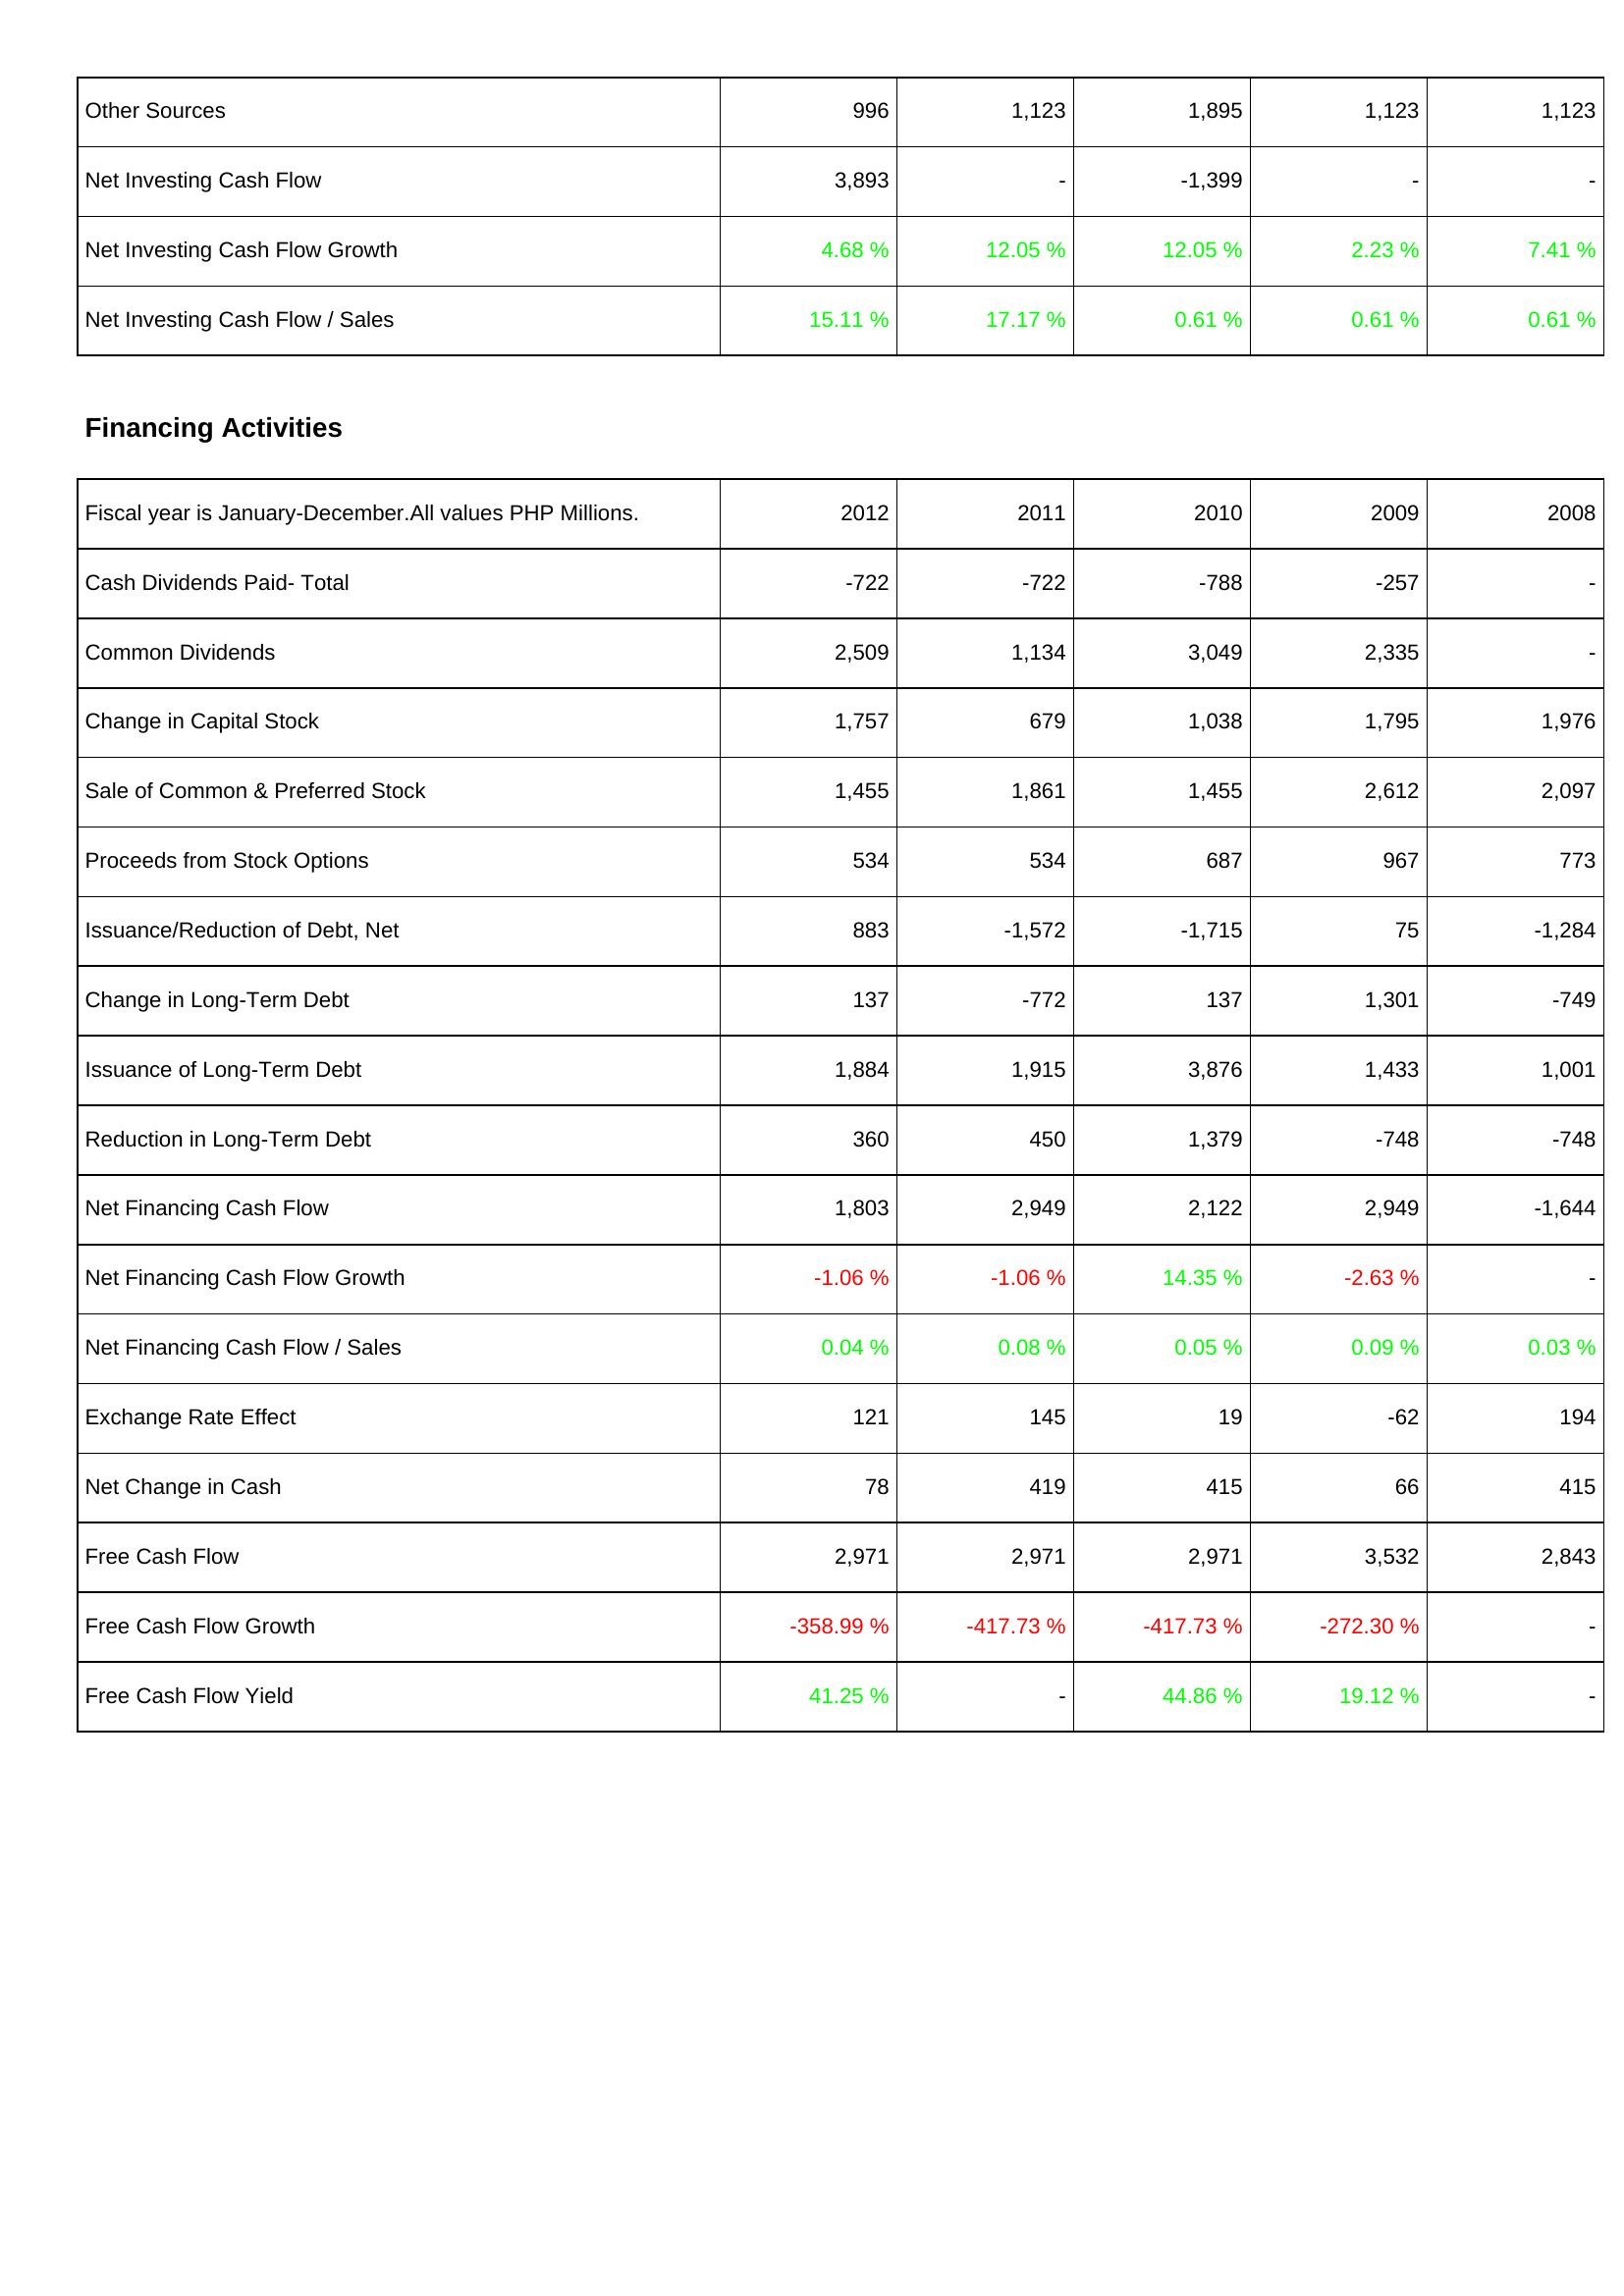
2012: Investing Activities: Other Sources: 996
Net Investing Cash Flow: 3,893
Net Investing Cash Flow Growth: 4.68 %
Net Investing Cash Flow / Sales: 15.11 %
Financing Activities: Cash Dividends Paid- Total: -722
Common Dividends: 2,509
Change in Capital Stock: 1,757
Sale of Common & Preferred Stock: 1,455
Proceeds from Stock Options: 534
Issuance/Reduction of Debt, Net: 883
Change in Long-Term Debt: 137
Issuance of Long-Term Debt: 1,884
Reduction in Long-Term Debt: 360
Net Financing Cash Flow: 1,803
Net Financing Cash Flow Growth: -1.06 %
Net Financing Cash Flow / Sales: 0.04 %
Exchange Rate Effect: 121
Net Change in Cash: 78
Free Cash Flow: 2,971
Free Cash Flow Growth: -358.99 %
Free Cash Flow Yield: 41.25 %
2011: Investing Activities: Other Sources: 1,123
Net Investing Cash Flow: -
Net Investing Cash Flow Growth: 12.05 %
Net Investing Cash Flow / Sales: 17.17 %
Financing Activities: Cash Dividends Paid- Total: -722
Common Dividends: 1,134
Change in Capital Stock: 679
Sale of Common & Preferred Stock: 1,861
Proceeds from Stock Options: 534
Issuance/Reduction of Debt, Net: -1,572
Change in Long-Term Debt: -772
Issuance of Long-Term Debt: 1,915
Reduction in Long-Term Debt: 450
Net Financing Cash Flow: 2,949
Net Financing Cash Flow Growth: -1.06 %
Net Financing Cash Flow / Sales: 0.08 %
Exchange Rate Effect: 145
Net Change in Cash: 419
Free Cash Flow: 2,971
Free Cash Flow Growth: -417.73 %
Free Cash Flow Yield: -
2010: Investing Activities: Other Sources: 1,895
Net Investing Cash Flow: -1,399
Net Investing Cash Flow Growth: 12.05 %
Net Investing Cash Flow / Sales: 0.61 %
Financing Activities: Cash Dividends Paid- Total: -788
Common Dividends: 3,049
Change in Capital Stock: 1,038
Sale of Common & Preferred Stock: 1,455
Proceeds from Stock Options: 687
Issuance/Reduction of Debt, Net: -1,715
Change in Long-Term Debt: 137
Issuance of Long-Term Debt: 3,876
Reduction in Long-Term Debt: 1,379
Net Financing Cash Flow: 2,122
Net Financing Cash Flow Growth: 14.35 %
Net Financing Cash Flow / Sales: 0.05 %
Exchange Rate Effect: 19
Net Change in Cash: 415
Free Cash Flow: 2,971
Free Cash Flow Growth: -417.73 %
Free Cash Flow Yield: 44.86 %
2009: Investing Activities: Other Sources: 1,123
Net Investing Cash Flow: -
Net Investing Cash Flow Growth: 2.23 %
Net Investing Cash Flow / Sales: 0.61 %
Financing Activities: Cash Dividends Paid- Total: -257
Common Dividends: 2,335
Change in Capital Stock: 1,795
Sale of Common & Preferred Stock: 2,612
Proceeds from Stock Options: 967
Issuance/Reduction of Debt, Net: 75
Change in Long-Term Debt: 1,301
Issuance of Long-Term Debt: 1,433
Reduction in Long-Term Debt: -748
Net Financing Cash Flow: 2,949
Net Financing Cash Flow Growth: -2.63 %
Net Financing Cash Flow / Sales: 0.09 %
Exchange Rate Effect: -62
Net Change in Cash: 66
Free Cash Flow: 3,532
Free Cash Flow Growth: -272.30 %
Free Cash Flow Yield: 19.12 %
2008: Investing Activities: Other Sources: 1,123
Net Investing Cash Flow: -
Net Investing Cash Flow Growth: 7.41 %
Net Investing Cash Flow / Sales: 0.61 %
Financing Activities: Cash Dividends Paid- Total: -
Common Dividends: -
Change in Capital Stock: 1,976
Sale of Common & Preferred Stock: 2,097
Proceeds from Stock Options: 773
Issuance/Reduction of Debt, Net: -1,284
Change in Long-Term Debt: -749
Issuance of Long-Term Debt: 1,001
Reduction in Long-Term Debt: -748
Net Financing Cash Flow: -1,644
Net Financing Cash Flow Growth: -
Net Financing Cash Flow / Sales: 0.03 %
Exchange Rate Effect: 194
Net Change in Cash: 415
Free Cash Flow: 2,843
Free Cash Flow Growth: -
Free Cash Flow Yield: -